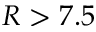
R > 7 . 5